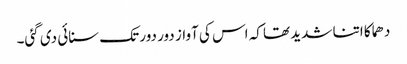
دھماکا اتنا شدید تھا کہ اس کی آواز دور دور تک سنائی دی گئی۔